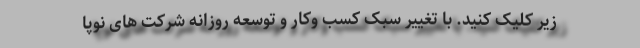
زیر کلیک کنید. با تغییر سبک کسب وکار و توسعه روزانه شرکت های نوپا